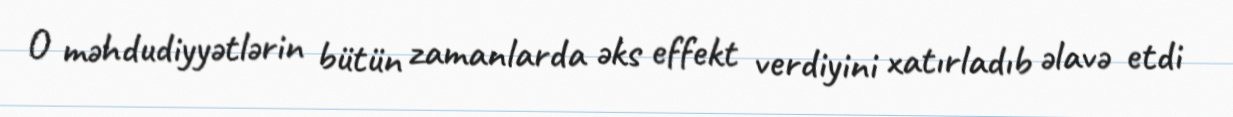
O məhdudiyyətlərin bütün zamanlarda əks effekt verdiyini xatırladıb əlavə etdi